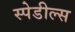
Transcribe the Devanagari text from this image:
स्पेडील्स